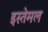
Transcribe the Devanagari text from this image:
इस्तेमल